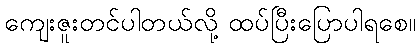
ကျေးဇူးတင်ပါတယ်လို့ ထပ်ပြီးပြောပါရစေ။